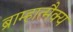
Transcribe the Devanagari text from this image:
ब्राम्हात्मैक्य